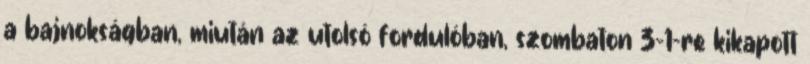
a bajnokságban, miután az utolsó fordulóban, szombaton 3-1-re kikapott